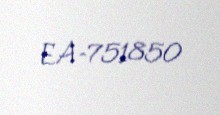
EA-751850